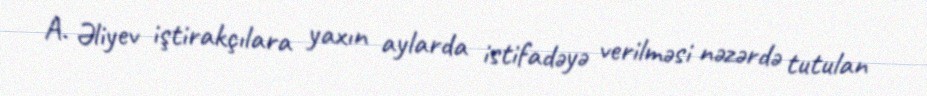
A. Əliyev iştirakçılara yaxın aylarda istifadəyə verilməsi nəzərdə tutulan